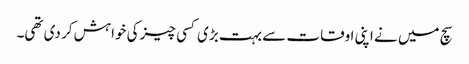
سچ میں نے اپنی اوقات سے بہت بڑی کسی چیز کی خواہش کر دی تھی۔